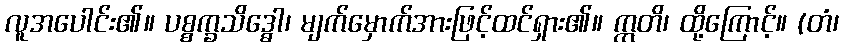
လူအပေါင်း၏။ ပစ္စက္ခသိဒ္ဓော၊ မျက်မှောက်အားဖြင့်ထင်ရှား၏။ ဣတိ၊ ထို့ကြောင့်။ (တံ၊